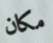
مكان